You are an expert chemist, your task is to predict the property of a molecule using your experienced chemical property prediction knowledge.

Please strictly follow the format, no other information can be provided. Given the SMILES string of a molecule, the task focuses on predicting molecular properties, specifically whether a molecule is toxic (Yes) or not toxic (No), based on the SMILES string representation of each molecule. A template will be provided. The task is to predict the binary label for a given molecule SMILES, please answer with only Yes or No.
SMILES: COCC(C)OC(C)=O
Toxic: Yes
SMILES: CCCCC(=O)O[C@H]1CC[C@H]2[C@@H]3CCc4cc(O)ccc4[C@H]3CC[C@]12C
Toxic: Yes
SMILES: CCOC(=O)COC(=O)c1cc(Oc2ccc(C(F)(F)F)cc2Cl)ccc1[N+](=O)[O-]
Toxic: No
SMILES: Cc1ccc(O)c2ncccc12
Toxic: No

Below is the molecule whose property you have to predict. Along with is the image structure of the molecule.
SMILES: NCCc1cnc[nH]1
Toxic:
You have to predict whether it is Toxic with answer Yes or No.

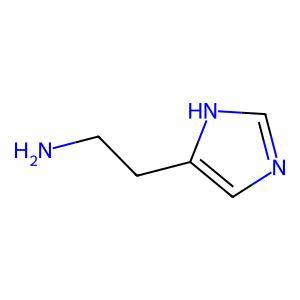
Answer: No